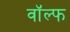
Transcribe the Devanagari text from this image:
वॉल्फ